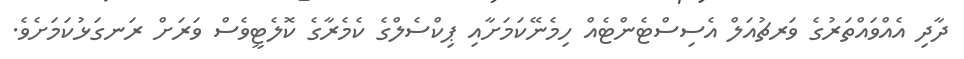
ދާދި އެއްވައްތަރުގެ ވަރޗުއަލް އެސިސްޓެންޓެއް ހިމެނޭކަމަށާއި ޕިކްސެލްގެ ކެމެރާގެ ކޮލެޓީވެސް ވަރަށް ރަނގަޅުކަމަށެވެ.